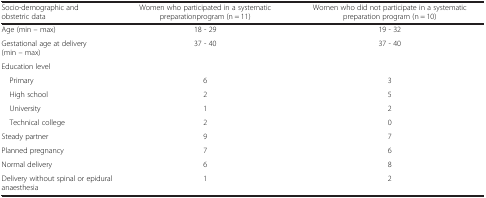
<table><thead><tr><td><b>Socio-demographic and obstetric data</b></td><td><b>Women who participated in a systematic preparation program (n = 11)</b></td><td><b>Women who did not participate in a systematic preparation program (n = 10)</b></td></tr></thead><tbody><tr><td>Age (min – max)</td><td>18 - 29</td><td>19 - 32</td></tr><tr><td>Gestational age at delivery (min – max)</td><td>37 - 40</td><td>37 - 40</td></tr><tr><td>Education level</td><td> </td><td> </td></tr><tr><td> Primary</td><td>6</td><td>3</td></tr><tr><td> High school</td><td>2</td><td>5</td></tr><tr><td> University</td><td>1</td><td>2</td></tr><tr><td> Technical college</td><td>2</td><td>0</td></tr><tr><td>Steady partner</td><td>9</td><td>7</td></tr><tr><td>Planned pregnancy</td><td>7</td><td>6</td></tr><tr><td>Normal delivery</td><td>6</td><td>8</td></tr><tr><td>Delivery without spinal or epidural anaesthesia</td><td>1</td><td>2</td></tr></tbody></table>